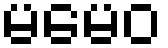
မမေဝ